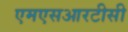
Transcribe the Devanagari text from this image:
एमएसआरटीसी